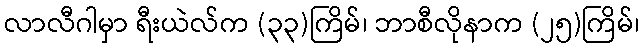
လာလီဂါမှာ ရီးယဲလ်က (၃၃)ကြိမ်၊ ဘာစီလိုနာက (၂၅)ကြိမ်၊